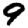
Digit: 9